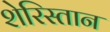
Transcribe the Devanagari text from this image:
शेरिस्तान